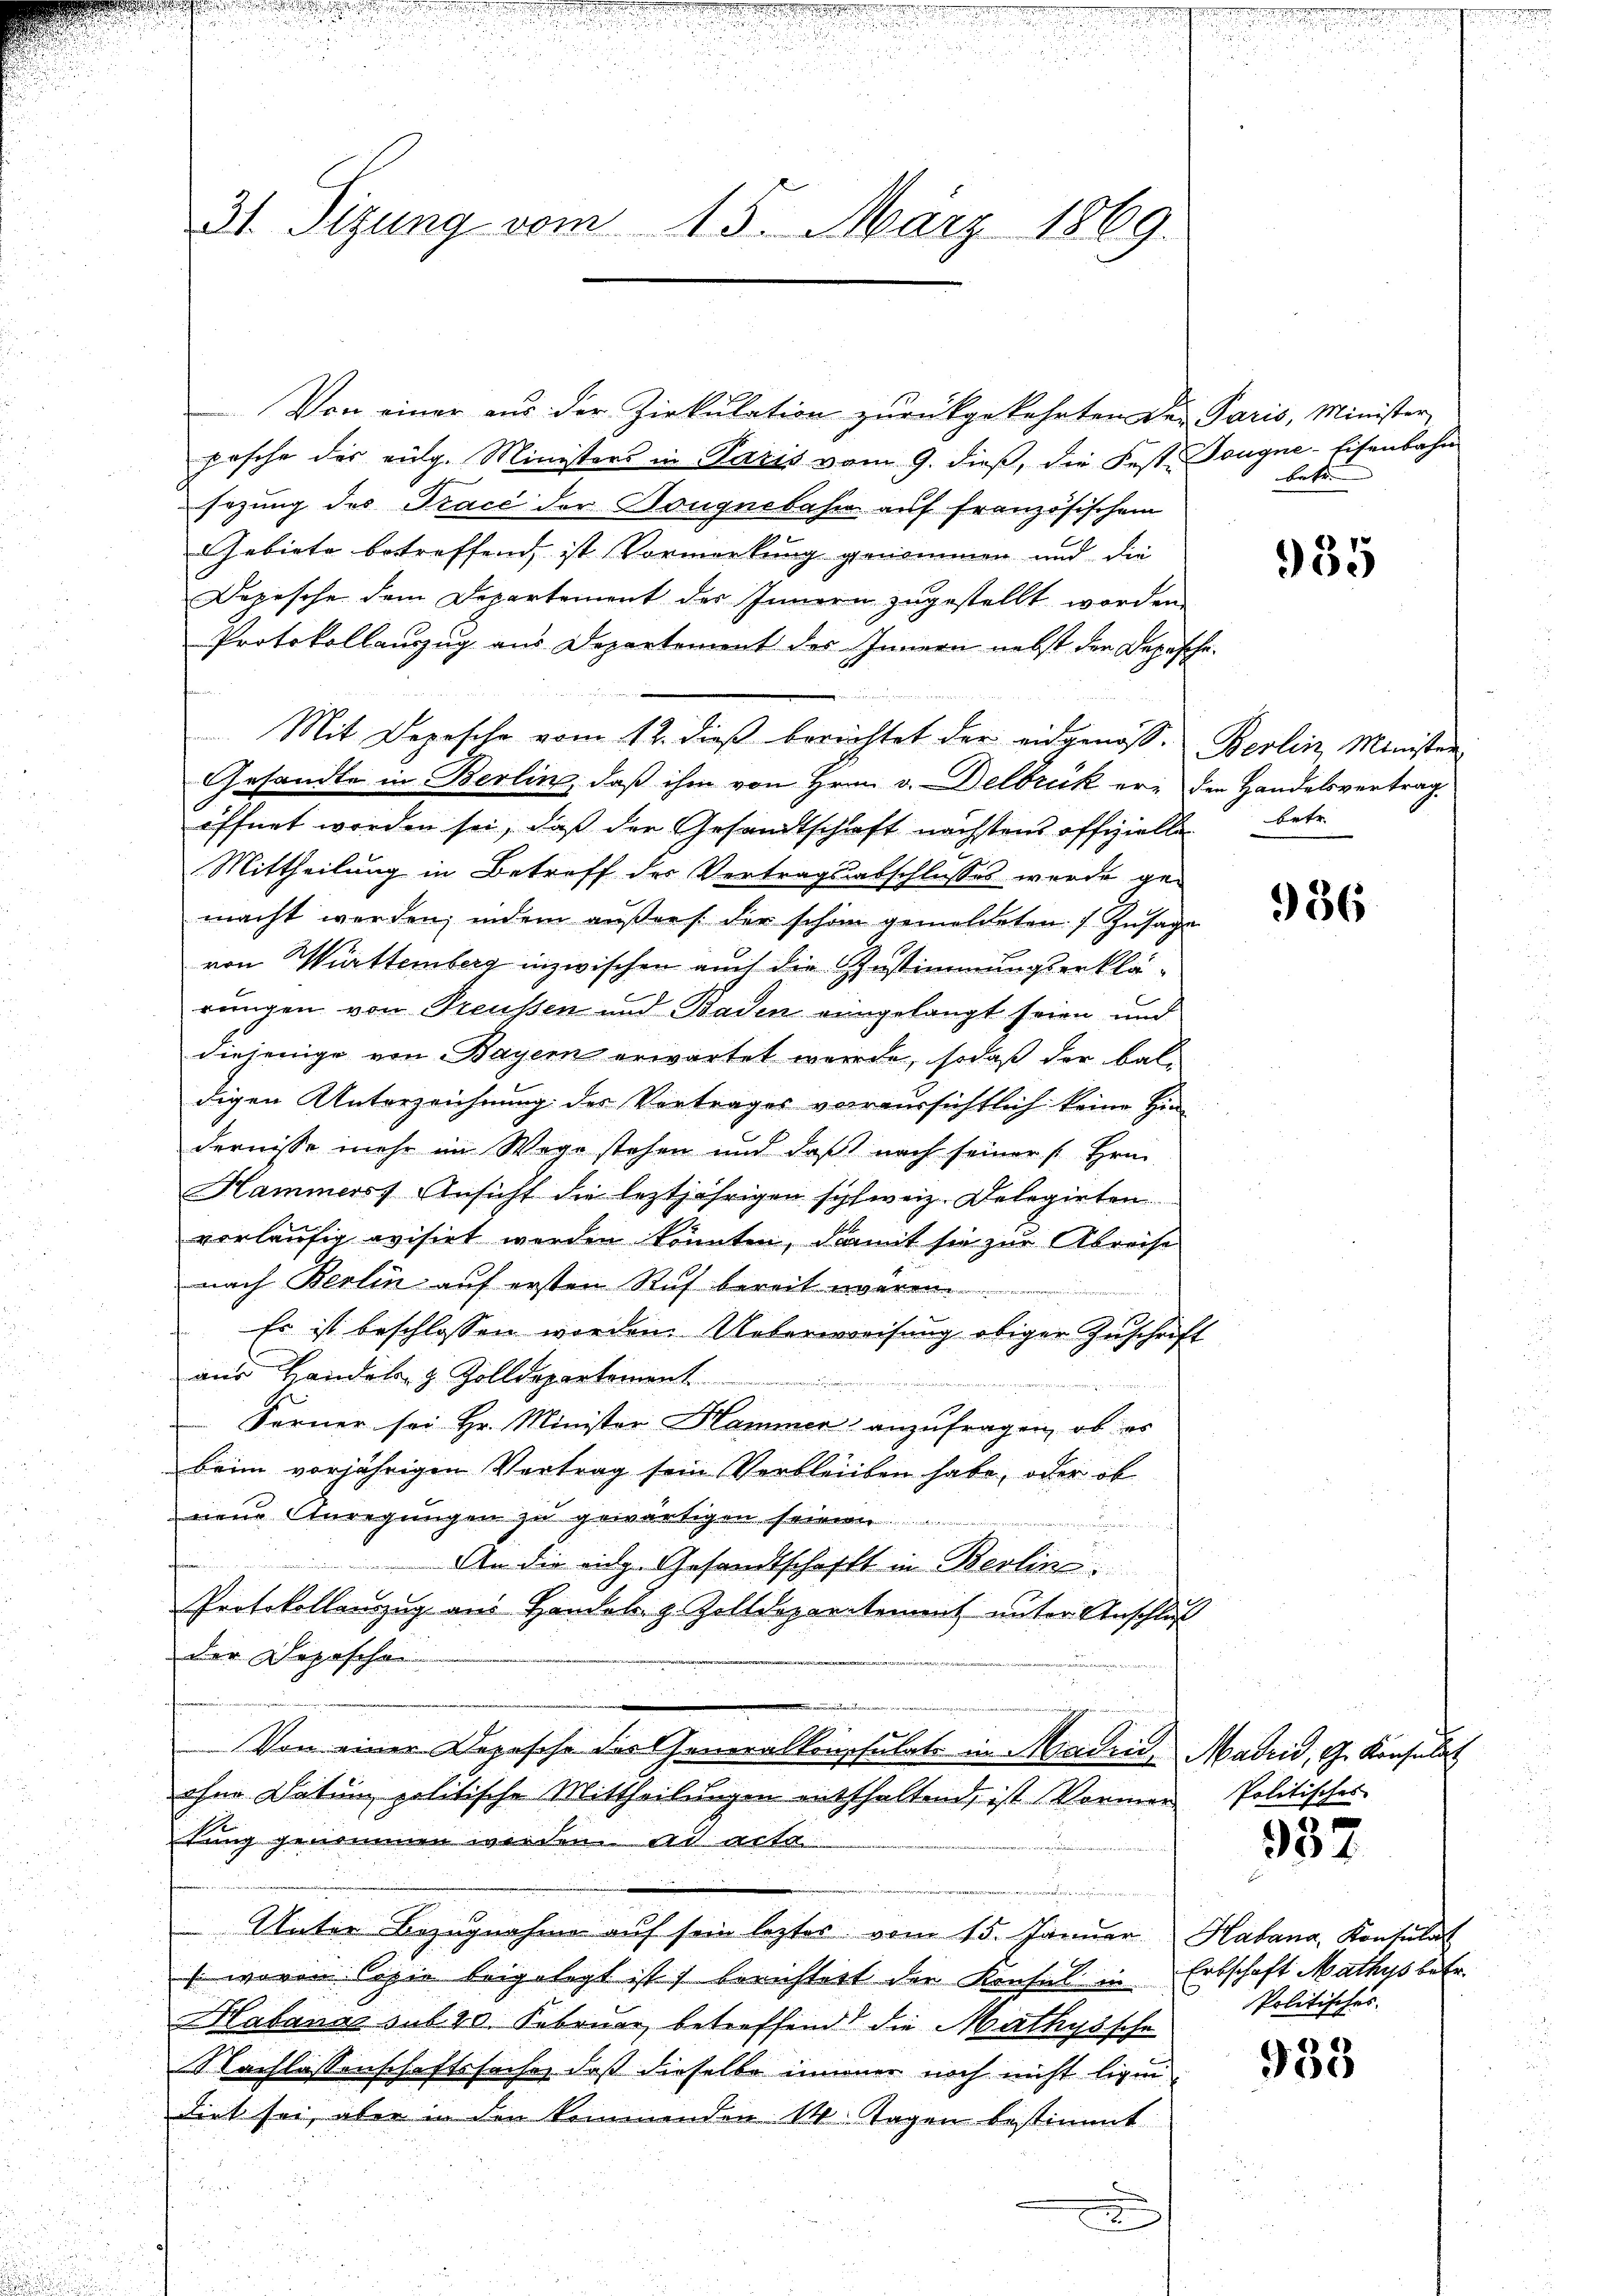
31. Sitzung vom 15. März 1869.

Von einer aus der Zirkulation zurückgekehrten Der Paris, Minister
pasche der eidg. Ministers in Parzis vom 9. dieß, die Fest-Tougne-Eisenbahn
sezung des Trace der Dougnebahn auf französischem
Gebiete betreffend, ist Vormerkung genommen und die
Depesche dem Departement des Innern zugestellt worden.
Protokollauszug aus Departement des Innern nebst der Depesche.
Mit Depesche vom 12. dieß berichtet der eidgenoss. Berlin, Ministen
Gesandte in Berlin, daß ihm von Hrnn v. Delbruck er den Handelsvertrag
öffnet worden sei, daß der Gesandtschaft nächstens offiziellen betr.
Mittheilung in Betreff der Vertragsabschlusses wurde ge-
macht werden; indem außers der schön gemeldeten 7. Zusage
von Württemberg inzwischen auch die Zustimmungserklärungen von Preußen und Baden eingelangt seien und
diejenige von Bayern erwartet werde, sodaß der Baldigen Unterzeichnung des Vortrages vorraussichtlich keine Hindernisse mehr im Wege stehen und daß nach seiner s. Hrn.
Hammers Ansicht die leztjährigen schweiz. Delegirten
vorläufig evisirt werden könnten, damit sie zur Abreise
nach Berlin auf ersten Ruf bereit wären.
Er ist beschlossen worden. Ueberweisung obiger Zuschrift
aus Handel- & Zolldepartement
Ferner sei Hr. Minister Hammer anzufragen, ob es
beim vorjährigen Vertrag sein Verbleiben habe, oder ob
nem Anregungen zu gewärtigen seinen
a
u
An die eidg. Gesandtschafft in Berlin.
Protokollauszug aus Handel. z. Zolldepartement unter Anschluß
der Depeschen
aaren
Von einer Depesche das Generalkonsulats in Maden, Madrid, G. Konsulat
ohne Datum politische Mittheilungen entthaltend, ist Vormertung genommen werden. ad acta
.
Unter Bezugnahme auf sein leztes vom 15. Januar Habana, Konsulat
s wovon Copie beigelegt ist) berichtert der Konsul in Erbschaft Mathys betr.
Habange sub 20. Februar betreffend die Mathyssche
Nachlassenschaftssache, daß dieselbe immer noch nicht ligen
diet sei, aber in den kommenden 14 Tagen bestimmt.
itu

betr.

935

936

Politisches

937

Politisches.

933